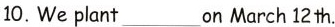
10. We plant ___ on March 12 th.